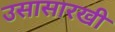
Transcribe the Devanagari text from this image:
उसासारखी